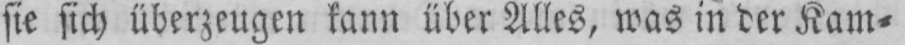
sie sich überzeugen kann über Alles, was in der Kam⸗